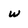
Character: w